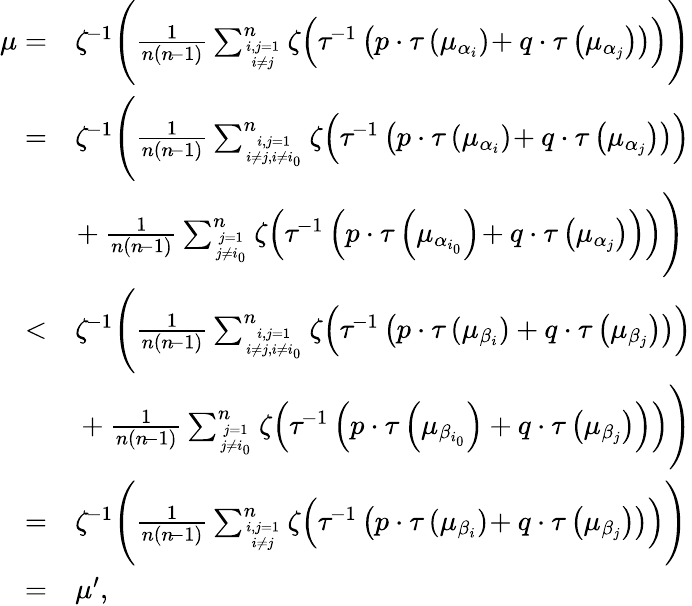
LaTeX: \begin{array}{rl}{\mu=}&{\zeta^{\! -1}\Bigg(\frac{1}{n(n\! -1)}\sum_{i,j=1\atop i\neq j}^{n}\zeta\Big(\tau^{\! -1}\left(p\cdot\tau\left(\mu_{\alpha_{i}}\right)\! +q\cdot\tau\left(\mu_{\alpha_{j}}\right)\right)\Big)\Bigg)}\\ {=}&{\zeta^{\! -1}\Bigg(\frac{1}{n(n\! -1)}\sum_{i,j=1\atop i\neq j,i\neq i_{0}}^{n}\zeta\Big(\tau^{\! -1}\left(p\cdot\tau\left(\mu_{\alpha_{i}}\right)\! +q\cdot\tau\left(\mu_{\alpha_{j}}\right)\right)\Big)\Bigg.}\\ &{\Bigg.\! +\frac{1}{n(n\! -1)}\sum_{j=1\atop j\neq i_{0}}^{n}\zeta\Big(\tau^{\! -1}\left(p\cdot\tau\left(\mu_{\alpha_{i_{0}}}\right)\! +q\cdot\tau\left(\mu_{\alpha_{j}}\right)\right)\Big)\Bigg)}\\ {<}&{\zeta^{\! -1}\Bigg(\frac{1}{n(n\! -1)}\sum_{i,j=1\atop i\neq j,i\neq i_{0}}^{n}\zeta\Big(\tau^{\! -1}\left(p\cdot\tau\left(\mu_{\beta_{i}}\right)+q\cdot\tau\left(\mu_{\beta_{j}}\right)\right)\Big)\Bigg.}\\ &{\Bigg.+\frac{1}{n(n\! -1)}\sum_{j=1\atop j\neq i_{0}}^{n}\zeta\Big(\tau^{\! -1}\left(p\cdot\tau\left(\mu_{\beta_{i_{0}}}\right)+q\cdot\tau\left(\mu_{\beta_{j}}\right)\right)\Big)\Bigg)}\\ {=}&{\zeta^{\! -1}\Bigg(\frac{1}{n(n\! -1)}\sum_{i,j=1\atop i\neq j}^{n}\zeta\Big(\tau^{\! -1}\left(p\cdot\tau\left(\mu_{\beta_{i}}\right)\! +q\cdot\tau\left(\mu_{\beta_{j}}\right)\right)\Big)\Bigg)}\\ {=}&{\mu^{\prime},}\end{array}